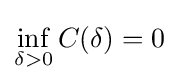
\inf _{\delta >0}C(\delta )=0